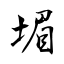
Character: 堳